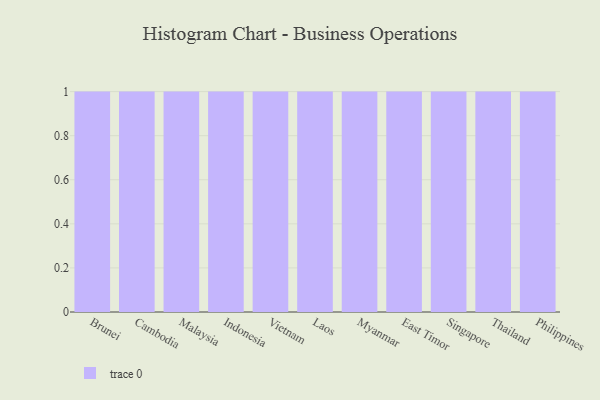
{"axis": {"x": "Country", "y": "Gross Profit (USD K)"}, "legend": [""], "data": [{"x": "Brunei", "y": 86, "type": ""}, {"x": "Cambodia", "y": 44, "type": ""}, {"x": "Malaysia", "y": 94, "type": ""}, {"x": "Indonesia", "y": 46, "type": ""}, {"x": "Vietnam", "y": 28, "type": ""}, {"x": "Laos", "y": 93, "type": ""}, {"x": "Myanmar", "y": 63, "type": ""}, {"x": "East Timor", "y": 94, "type": ""}, {"x": "Singapore", "y": 16, "type": ""}, {"x": "Thailand", "y": 69, "type": ""}, {"x": "Philippines", "y": 20, "type": ""}]}